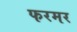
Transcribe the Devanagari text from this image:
फरमर